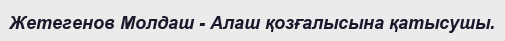
Жетегенов Молдаш - Алаш қозғалысына қатысушы.